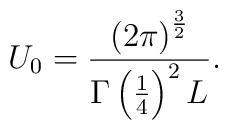
U_0 = \frac{\left( 2\pi\right)^{\frac{3}{2}}}{\Gamma\left(    \frac{1}{4}\right) ^2 L} .